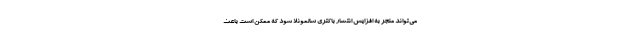
می‌تواند منجر به افزایش انتشار باکتری سالمونلا شود که ممکن است باعث